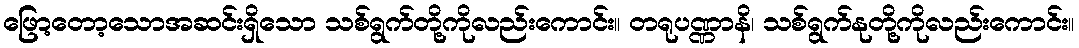
ဖြော့တော့သောအဆင်းရှိသော သစ်ရွက်တို့ကိုလည်းကောင်း။ တရုပဏ္ဏာနိ၊ သစ်ရွက်နုတို့ကိုလည်းကောင်း။